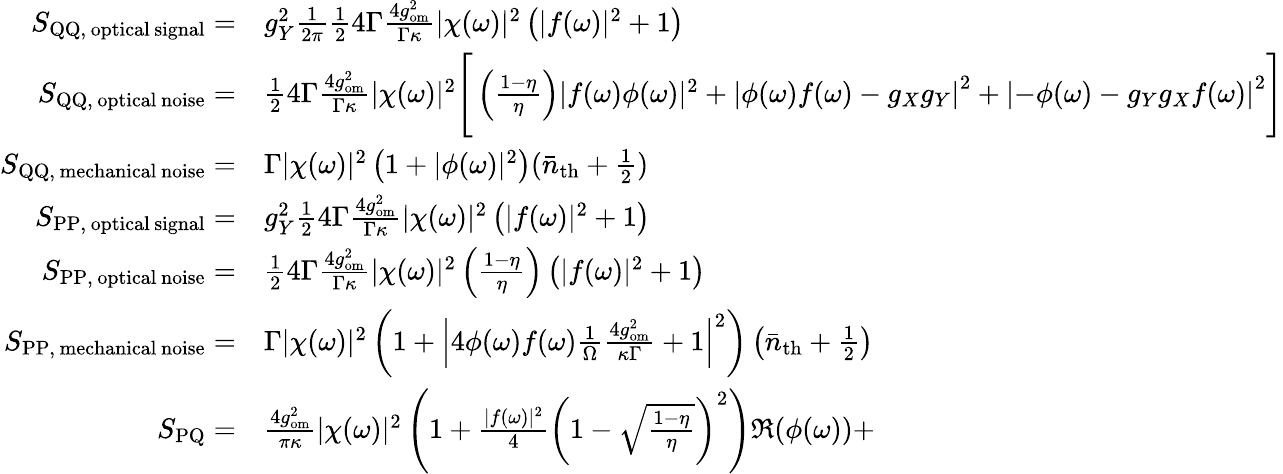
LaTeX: \begin{array}{rl}{S_{\mathrm{QQ,\, optical\, signal}}=}&{{}g_{Y}^{2}\frac{1}{2\pi}\frac{1}{2}4\Gamma\frac{4g_{\mathrm{om}}^{2}}{\Gamma\kappa}|\chi(\omega)|^{2}\left(|f(\omega)|^{2}+1\right)}\\ {S_{\mathrm{QQ,\, optical\, noise}}=}&{{}\frac{1}{2}4\Gamma\frac{4g_{\mathrm{om}}^{2}}{\Gamma\kappa}|\chi(\omega)|^{2}\Bigg[\left(\frac{1-\eta}{\eta}\right)|f(\omega)\phi(\omega)|^{2}+\left|\phi(\omega)f(\omega)-g_{X}g_{Y}\right|^{2}+\left|-\phi(\omega)-g_{Y}g_{X}f(\omega)\right|^{2}\Bigg]}\\ {S_{\mathrm{QQ,\, mechanical\, noise}}=}&{{}\Gamma|\chi(\omega)|^{2}\left(1+|\phi(\omega)|^{2}\right)(\bar{n}_{\mathrm{th}}+\frac{1}{2})}\\ {S_{\mathrm{PP,\, optical\, signal}}=}&{{}g_{Y}^{2}\frac{1}{2}4\Gamma\frac{4g_{\mathrm{om}}^{2}}{\Gamma\kappa}|\chi(\omega)|^{2}\left(|f(\omega)|^{2}+1\right)}\\ {S_{\mathrm{PP,\, optical\, noise}}=}&{{}\frac{1}{2}4\Gamma\frac{4g_{\mathrm{om}}^{2}}{\Gamma\kappa}|\chi(\omega)|^{2}\left(\frac{1-\eta}{\eta}\right)\left(|f(\omega)|^{2}+1\right)}\\ {S_{\mathrm{PP,\, mechanical\, noise}}=}&{{}\Gamma|\chi(\omega)|^{2}\left(1+\left|4\phi(\omega)f(\omega)\frac{1}{\Omega}\frac{4g_{\mathrm{om}}^{2}}{\kappa\Gamma}+1\right|^{2}\right)\left(\bar{n}_{\mathrm{th}}+\frac{1}{2}\right)}\\ {S_{\mathrm{PQ}}=}&{{}\frac{4g_{\mathrm{om}}^{2}}{\pi\kappa}|\chi(\omega)|^{2}\left(1+\frac{|f(\omega)|^{2}}{4}\left(1-\sqrt{\frac{1-\eta}{\eta}}\right)^{2}\right)\Re{(\phi(\omega))}+}\end{array}